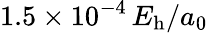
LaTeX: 1.5\times 10^{-4}\, E_{\mathrm{h}}/a_{0}